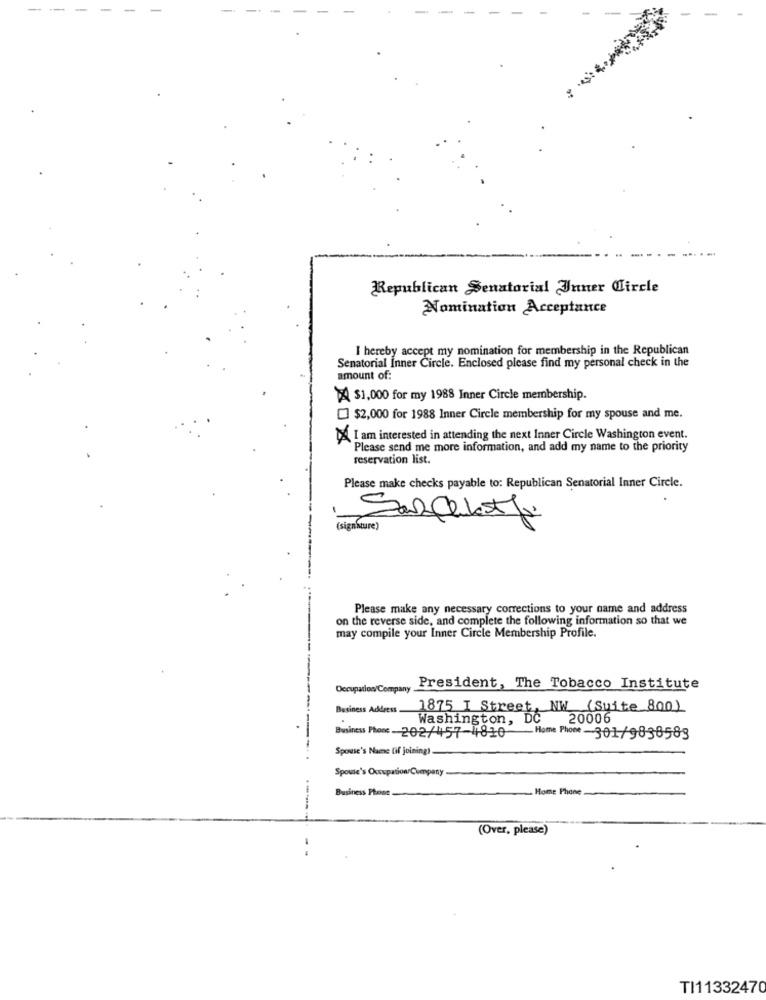
- -
-
Republican Senatorial Inner Circle
Nomination Acceptance
I hereby accept my nomination for membership in the Republican
Senatorial Inner Circle. Enclosed please find my personal check in the
amount of:
> $1,000 for my 1988 Inner Circle membership.
$2,000 for 1988 Inner Circle membership for my spouse and me.
DA I am interested in attending the next Inner Circle Washington event.
Please send me more information, and add my name to the priority
reservation list.
Please make checks payable to: Republican Senatorial Inner Circle.
-
(signature)
Sanfeletti
-
Please make any necessary corrections to your name and address
on the reverse side, and complete the following information so that we
may compile your Inner Circle Membership Profile.
Occupation Company
President, The Tobacco Institute
Business Address
1875 I Street, NW (Suite 800)
Washington,
De
20006
Business Phone 202/457-4810 Home Phone -301/9838583
Spouse's Name (if joining)
Spouse's Occupation/Company
Business Phone
Home Phone
----
(Over, please)
TI11332470